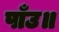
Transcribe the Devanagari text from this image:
पाँउ॥